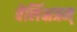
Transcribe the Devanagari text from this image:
वेलिंक्षत्रम्